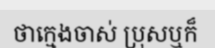
ថាក្មេងចាស់ ប្រុសឬក៏